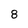
Character: 8